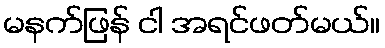
မနက်ဖြန် ငါ အရင်ဖတ်မယ်။